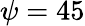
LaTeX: \psi=45